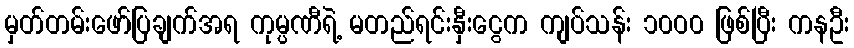
မှတ်တမ်းဖော်ပြချက်အရ ကုမ္ပဏီရဲ့ မတည်ရင်းနှီးငွေက ကျပ်သန်း ၁၀ဝ၀ ဖြစ်ပြီး ကနဦး